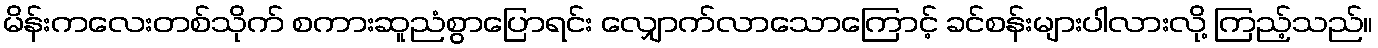
မိန်းကလေးတစ်သိုက် စကားဆူညံစွာပြောရင်း လျှောက်လာသောကြောင့် ခင်စန်းများပါလားလို့ ကြည့်သည်။